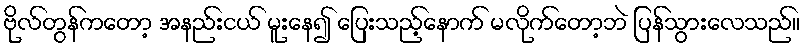
ဗိုလ်တွန်ကတော့ အနည်းငယ် မူးနေ၍ ပြေးသည့်နောက် မလိုက်တော့ဘဲ ပြန်သွားလေသည်။